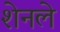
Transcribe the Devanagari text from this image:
शेनले